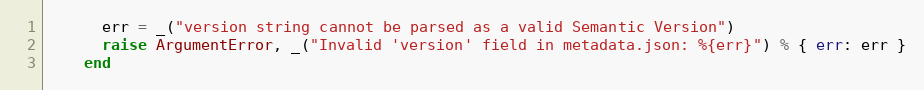
Language: Ruby
      err = _("version string cannot be parsed as a valid Semantic Version")
      raise ArgumentError, _("Invalid 'version' field in metadata.json: %{err}") % { err: err }
    end